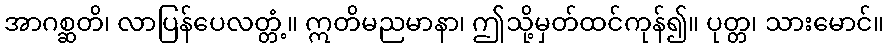
အာဂစ္ဆတိ၊ လာပြန်ပေလတ္တံ့။ ဣတိမညမာနာ၊ ဤသို့မှတ်ထင်ကုန်၍။ ပုတ္တ၊ သားမောင်။